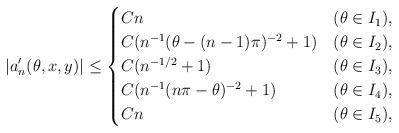
LaTeX: \begin{align*}|a_n'(\theta,x,y)|\leq\begin{cases} C n & (\theta\in I_1),\\ C (n^{-1}(\theta-(n-1)\pi)^{-2}+1) & (\theta\in I_2),\\ C (n^{-1/2}+1)& (\theta\in I_3),\\ C (n^{-1}(n\pi - \theta)^{-2} +1)& (\theta\in I_4),\\ C n & (\theta\in I_5),\end{cases} \end{align*}